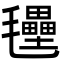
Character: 𭯭